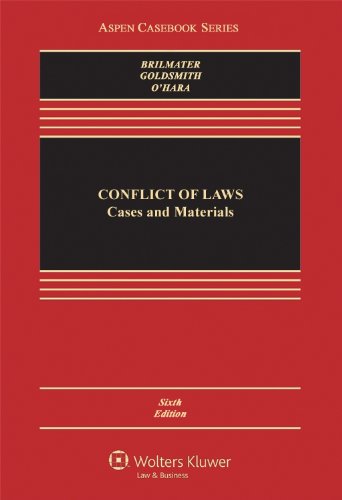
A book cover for Conflict of Laws: Cases and Materials (Aspen Casebook Series); R. Lea Brilmayer; Law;